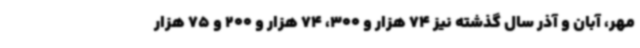
مهر، آبان و آذر سال گذشته نیز 74 هزار و 300، 74 هزار و 200 و 75 هزار